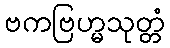
ဗကဗြဟ္မသုတ္တံ